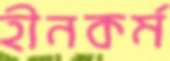
হীনকর্ম